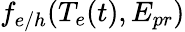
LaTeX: f_{e/h}(T_{e}(t),E_{pr})